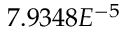
7 . 9 3 4 8 E ^ { - 5 }